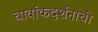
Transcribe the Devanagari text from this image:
चार्वाकदर्शनाची